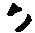
か